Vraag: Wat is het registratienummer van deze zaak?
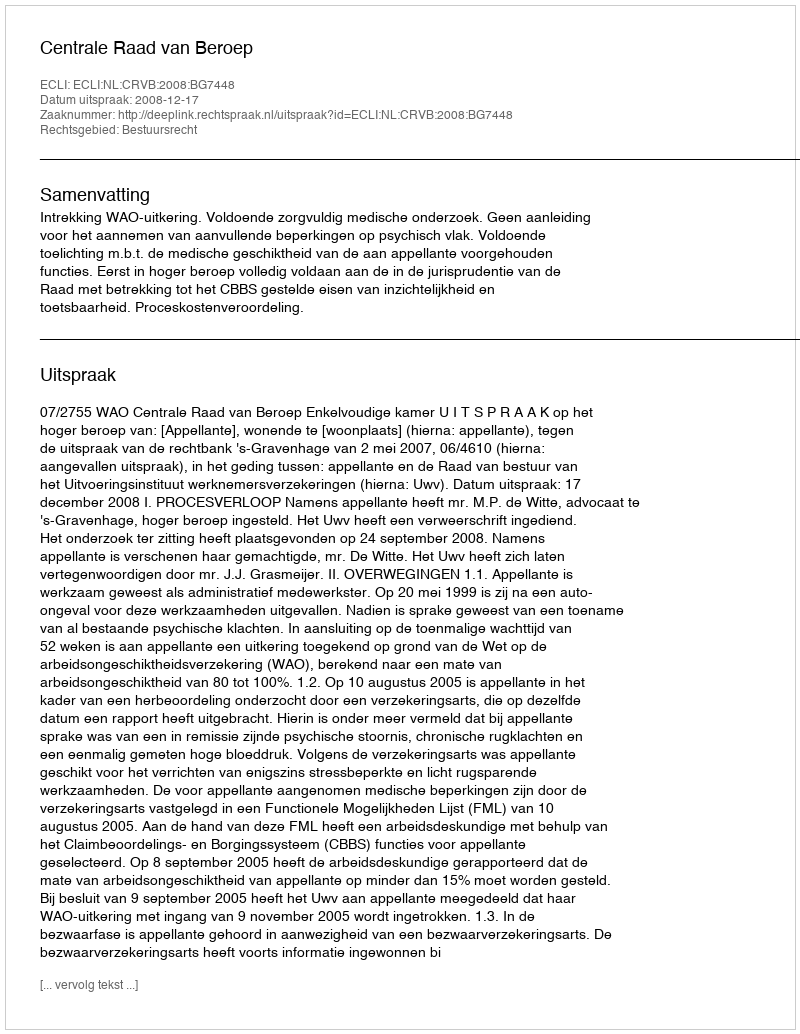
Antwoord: http://deeplink.rechtspraak.nl/uitspraak?id=ECLI:NL:CRVB:2008:BG7448